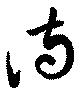
侍